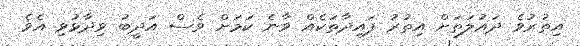
އިތުރުވެ ދައުލަތަށް އިތުރު ފައިދާތަކެއް ވާނެ ކަމަށް ވެސް އަދީބު ވިދާޅުވި އެވެ.